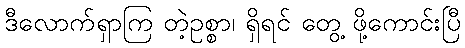
ဒီလောက်ရှာကြ တဲ့ဥစ္စာ၊ ရှိရင် တွေ့ ဖို့ကောင်းပြီ